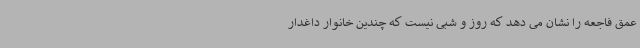
عمق فاجعه را نشان می دهد که روز و شبی نیست که چندین خانوار داغدار